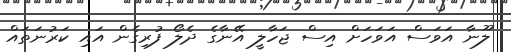
ލޫނާ އަވަސް އަވަހަށް އިސް ޖަހާލީ އޭނާގެ ދެލޯ ފުރިގެން އައި ކަރުނަތައް